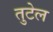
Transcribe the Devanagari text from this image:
तुटेल